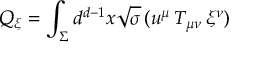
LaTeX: Q _ { \xi } = \int _ { \Sigma } d ^ { d - 1 } x \sqrt { \sigma } \, ( u ^ { \mu } \, T _ { \mu \nu } \, \xi ^ { \nu } )